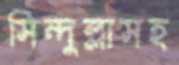
সিন্দুল্লাসহ